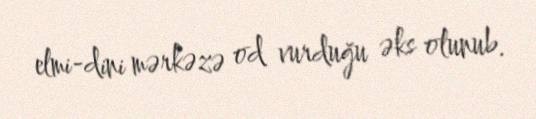
elmi-dini mərkəzə od vurduğu əks olunub.